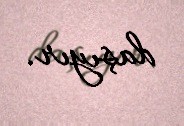
daşıyır.